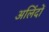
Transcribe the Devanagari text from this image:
अलिंदों